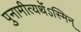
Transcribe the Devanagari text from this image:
पुनामीत्यर्थेऽस्मिन्